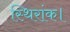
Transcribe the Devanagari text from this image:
स्थिरांक।